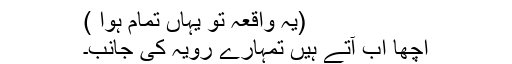
(یہ واقعہ تو یہاں تمام ہوا )
اچھا اب آتے ہیں تمہارے رویہ کی جانب۔